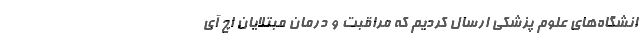
انشگاه‌های علوم‌ پزشکی ارسال کردیم که مراقبت و درمان مبتلایان اچ آی